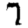
Digit: 7